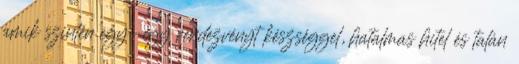
amik szintén egy-egy rendezvényt készséggel, hatalmas hitel és talán